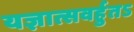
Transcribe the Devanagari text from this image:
यज्ञात्सवर्हुतऽ